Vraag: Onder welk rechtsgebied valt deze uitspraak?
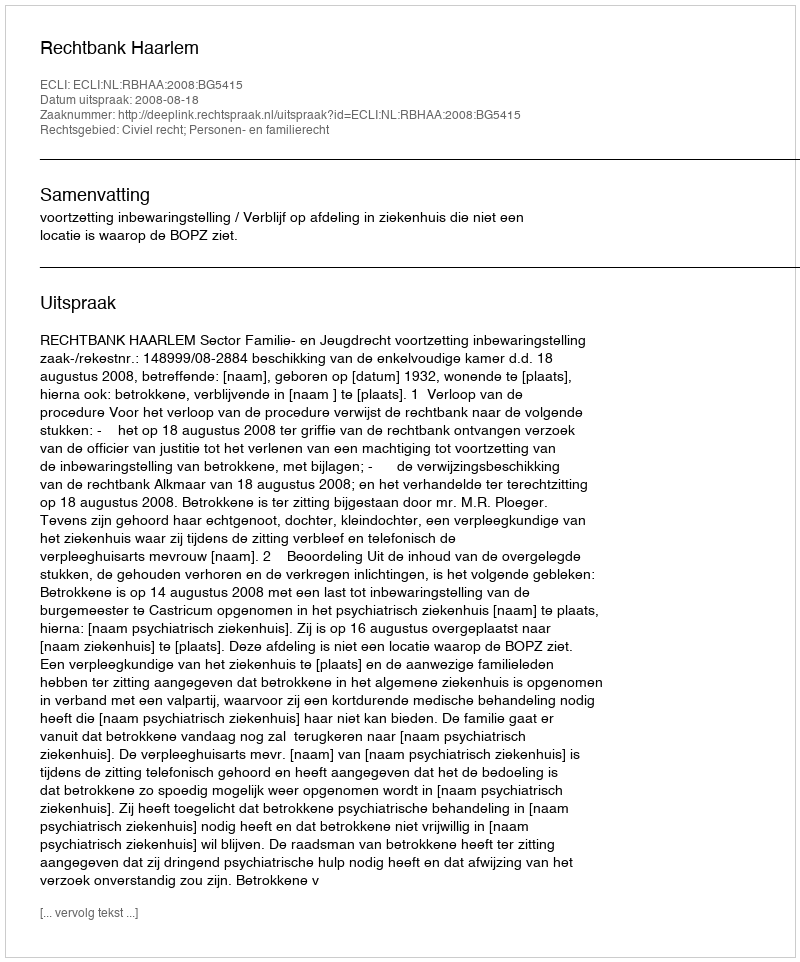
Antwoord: Civiel recht; Personen- en familierecht